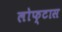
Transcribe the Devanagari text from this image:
लोफ्टास